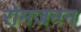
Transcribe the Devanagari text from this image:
रोमजनन